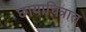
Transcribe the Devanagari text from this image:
छायाचित्रात